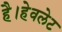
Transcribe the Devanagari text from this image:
है।हेवलेट